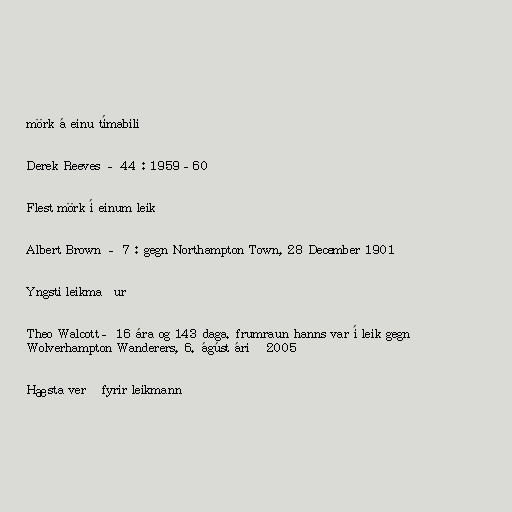
mörk á einu tímabili

Derek Reeves – 44 : 1959–60

Flest mörk í einum leik

Albert Brown – 7 : gegn Northampton Town, 28 December 1901

Yngsti leikmaður

Theo Walcott– 16 ára og 143 daga. frumraun hanns var í leik gegn
Wolverhampton Wanderers, 6. ágúst árið 2005

Hæsta verð fyrir leikmann